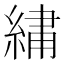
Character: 𫃯